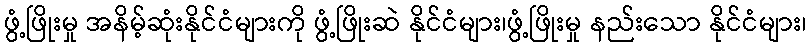
ဖွံ့ဖြိုးမှု အနိမ့်ဆုံးနိုင်ငံများကို ဖွံ့ဖြိုးဆဲ နိုင်ငံများ၊ဖွံ့ဖြိုးမှု နည်းသော နိုင်ငံများ၊